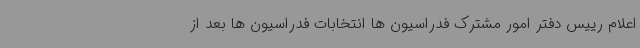
اعلام رییس دفتر امور مشترک فدراسیون ها انتخابات فدراسیون ها بعد از